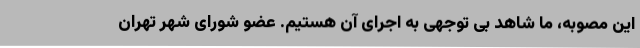
این مصوبه، ما شاهد بی توجهی به اجرای آن هستیم. عضو شورای شهر تهران